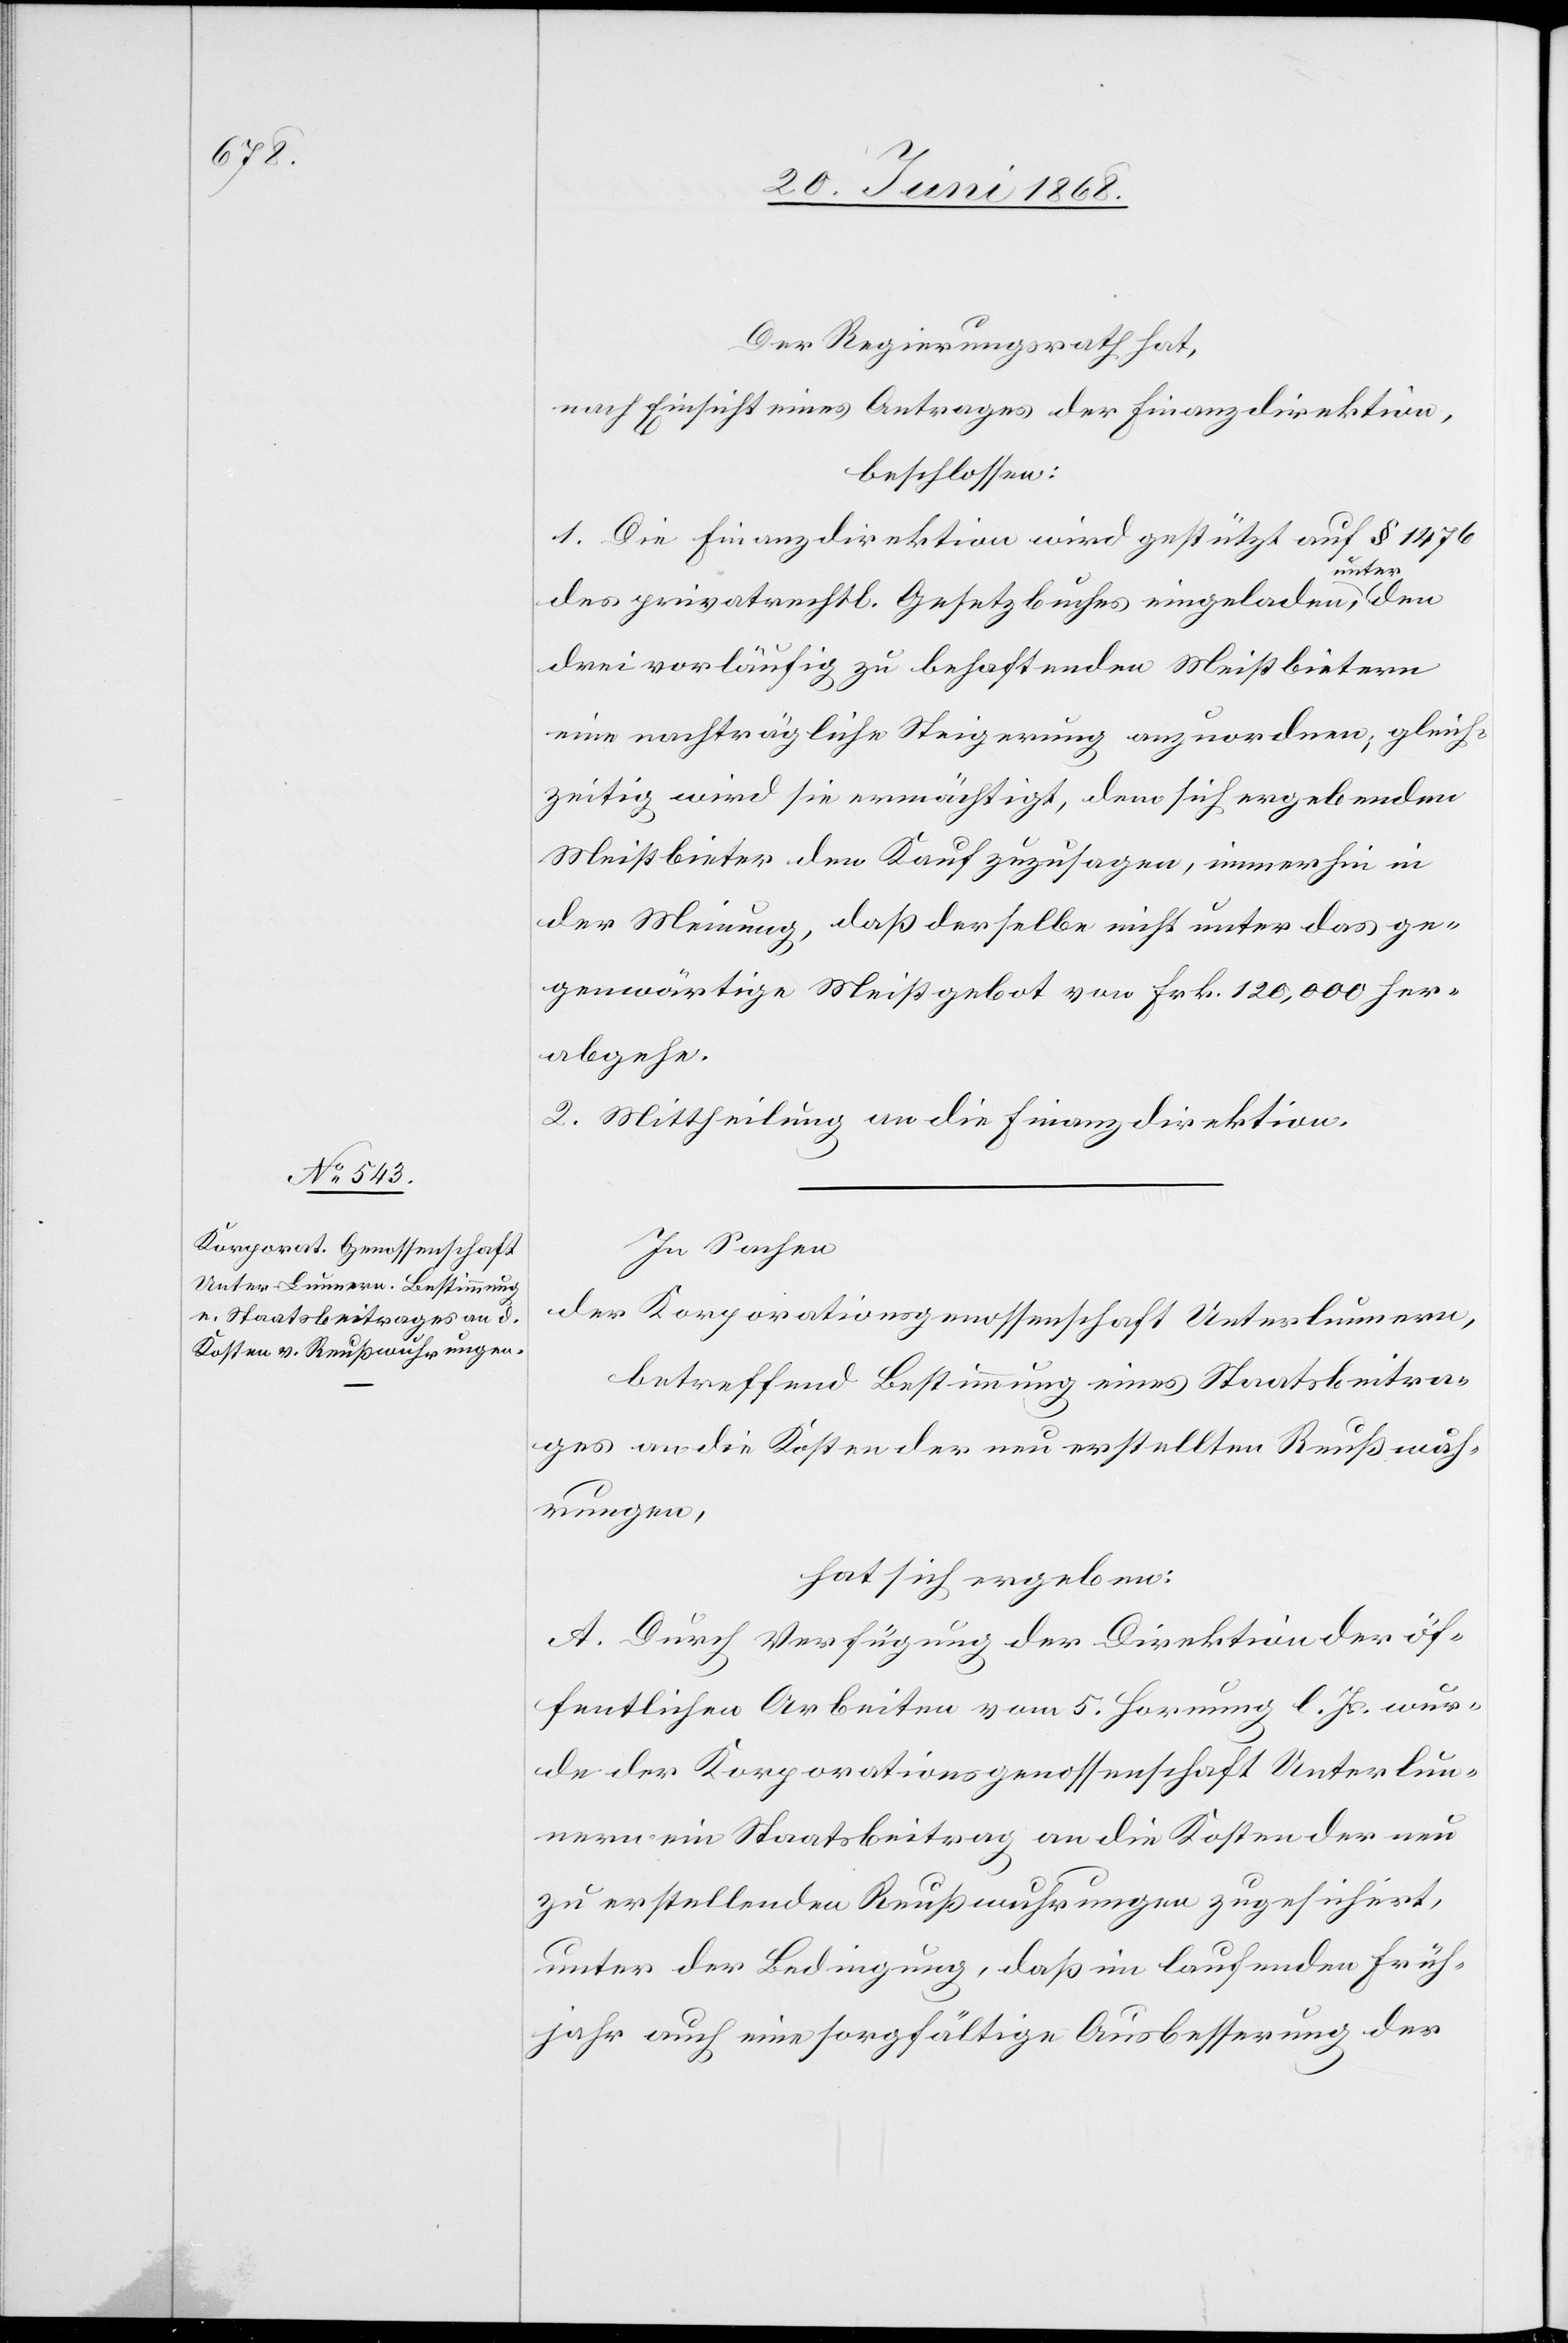
Der Regierungsrath hat,
nach Einsicht eines Antrages der Finanzdirektion,
beschlossen:
1. Die Finanzdirektion wird gestützt auf § 1476
unter
des privatrechtl. Gesetzbuches eingeladen,
drei vorläufig zu behaftenden Meistbietern
eine nachträgliche Steigerung anzuordnen; gleich¬
zeitig wird sie ermächtigt, dem sich ergebenden
Meistbieter den Kauf zuzusagen, immerhin in
der Meinung, daß derselbe nicht unter das ge¬
genwärtige Meistgebot von Frk. 120,000 her¬
abgehe.
2. Mittheilung an die Finanzdirektion.
In Sachen
der Korporationsgenossenschaft Unterlunnern,
betreffend Bestimmung eines Staatsbeitra¬
ges an die Kosten der neu erstellten Reußwuh¬
rungen,
hat sich ergeben:
A. Durch Verfügung der Direktion der öf¬
fentlichen Arbeiten vom 5. Hornung l. Js. wur¬
de der Korporationsgenossenschaft Unterlun¬
nern ein Staatsbeitrag an die Kosten der neu
zu erstellenden Reußwuhrungen zugesichert,
unter der Bedingung, daß im laufenden Früh¬
jahr auch eine sorgfältige Ausbesserung der